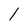
Character: 1